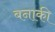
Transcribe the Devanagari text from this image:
बनाकी